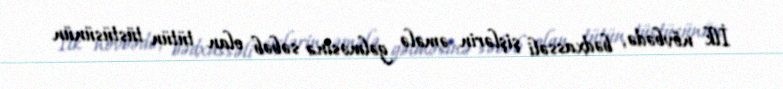
İlk növbədə, bədxassəli şişlərin əmələ gəlməsinə səbəb olan tütün tüstüsünün